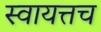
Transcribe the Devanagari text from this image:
स्वायत्तच